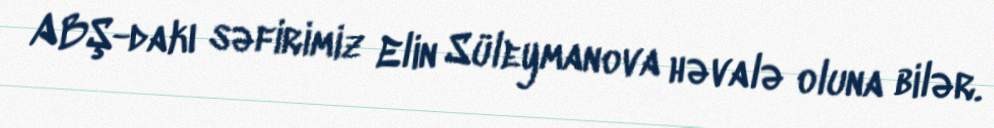
ABŞ-dakı səfirimiz Elin Süleymanova həvalə oluna bilər.